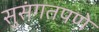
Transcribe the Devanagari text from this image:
सुसंगतपणे